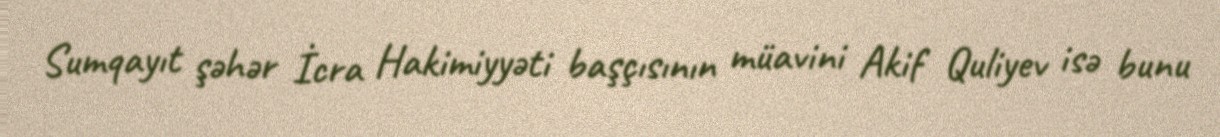
Sumqayıt şəhər İcra Hakimiyyəti başçısının müavini Akif Quliyev isə bunu